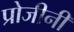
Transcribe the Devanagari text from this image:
प्रोजीनी